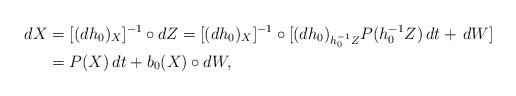
LaTeX: \begin{align*}dX & =[(dh_0)_X]^{-1}\circ dZ = [(dh_0)_X]^{-1}\circ [(dh_0)_{h_0^{-1}Z}P(h_0^{-1}Z)\,dt+\,dW]\\ & =P(X)\,dt+b_0(X)\circ dW,\end{align*}